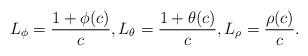
LaTeX: \begin{align*}L_\phi=\frac{1+\phi(c)}{c}, L_\theta= \frac{ 1+\theta(c)}{c},L_\rho= \frac{\rho(c)}{c}.\end{align*}